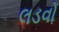
લડવો